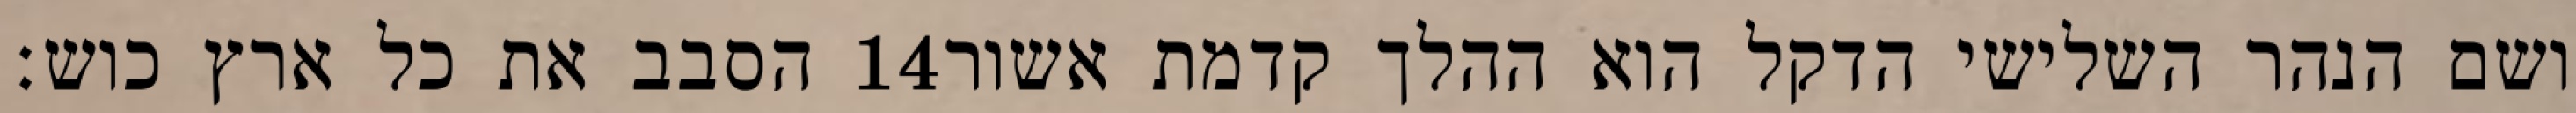
הסבב את כל ארץ כוש׃ ‎14‏ ושם הנהר השלישי הדקל הוא ההלך קדמת אשור